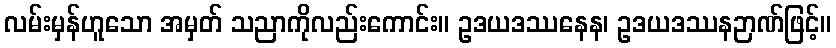
လမ်းမှန်ဟူသော အမှတ် သညာကိုလည်းကောင်း။ ဥဒယဒဿနေန၊ ဥဒယဒဿနဉာဏ်ဖြင့်။